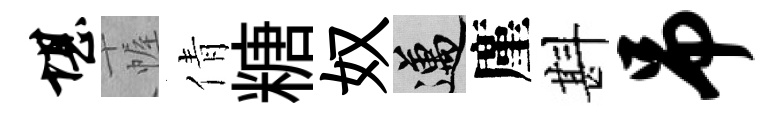
堪幄倩糖奴邁廑斟吊